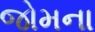
જોમના